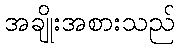
အချိုးအစားသည်